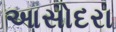
આસોદરા